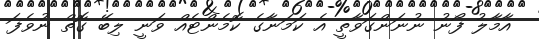
އާމާލު ފޯނު ނުނަންގަވާތީ އެ ކަމަނާގެ ކޮމެންޓެއް ވަނީ ލިބޭ ގޮތް ނުވެފަ